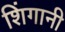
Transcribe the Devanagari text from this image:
शिंगानी